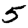
Digit: 5